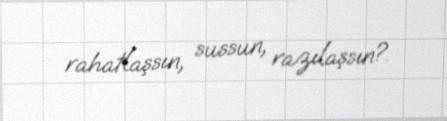
rahatlaşsın, sussun, razılaşsın?.